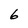
Character: 6